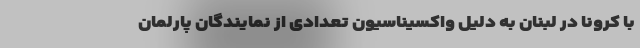
با کرونا در لبنان به دلیل واکسیناسیون تعدادی از نمایندگان پارلمان